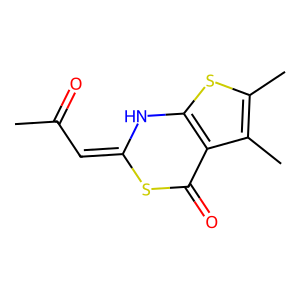
SMILES: CC(=O)C=C1Nc2sc(C)c(C)c2C(=O)S1
Inhibits HIV replication: No